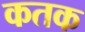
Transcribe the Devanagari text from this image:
कतक